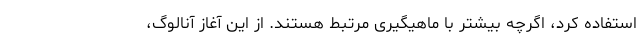
استفاده کرد، اگرچه بیشتر با ماهیگیری مرتبط هستند. از این آغاز آنالوگ،